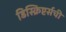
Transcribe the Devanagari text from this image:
डिस्क्रिप्टर्सची